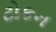
ટોકન